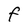
Character: f